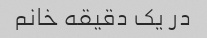
در یک دقیقه خانم